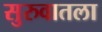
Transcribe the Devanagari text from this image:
सुरुवातला